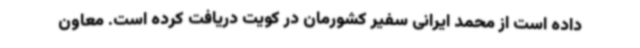
داده است از محمد ایرانی سفیر کشورمان در کویت دریافت کرده است. معاون